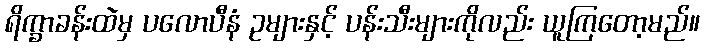
ရိက္ခာခန်းထဲမှ ပလောပီနံ ဥများနှင့် ပန်းသီးများကိုလည်း ယူကြတော့မည်။